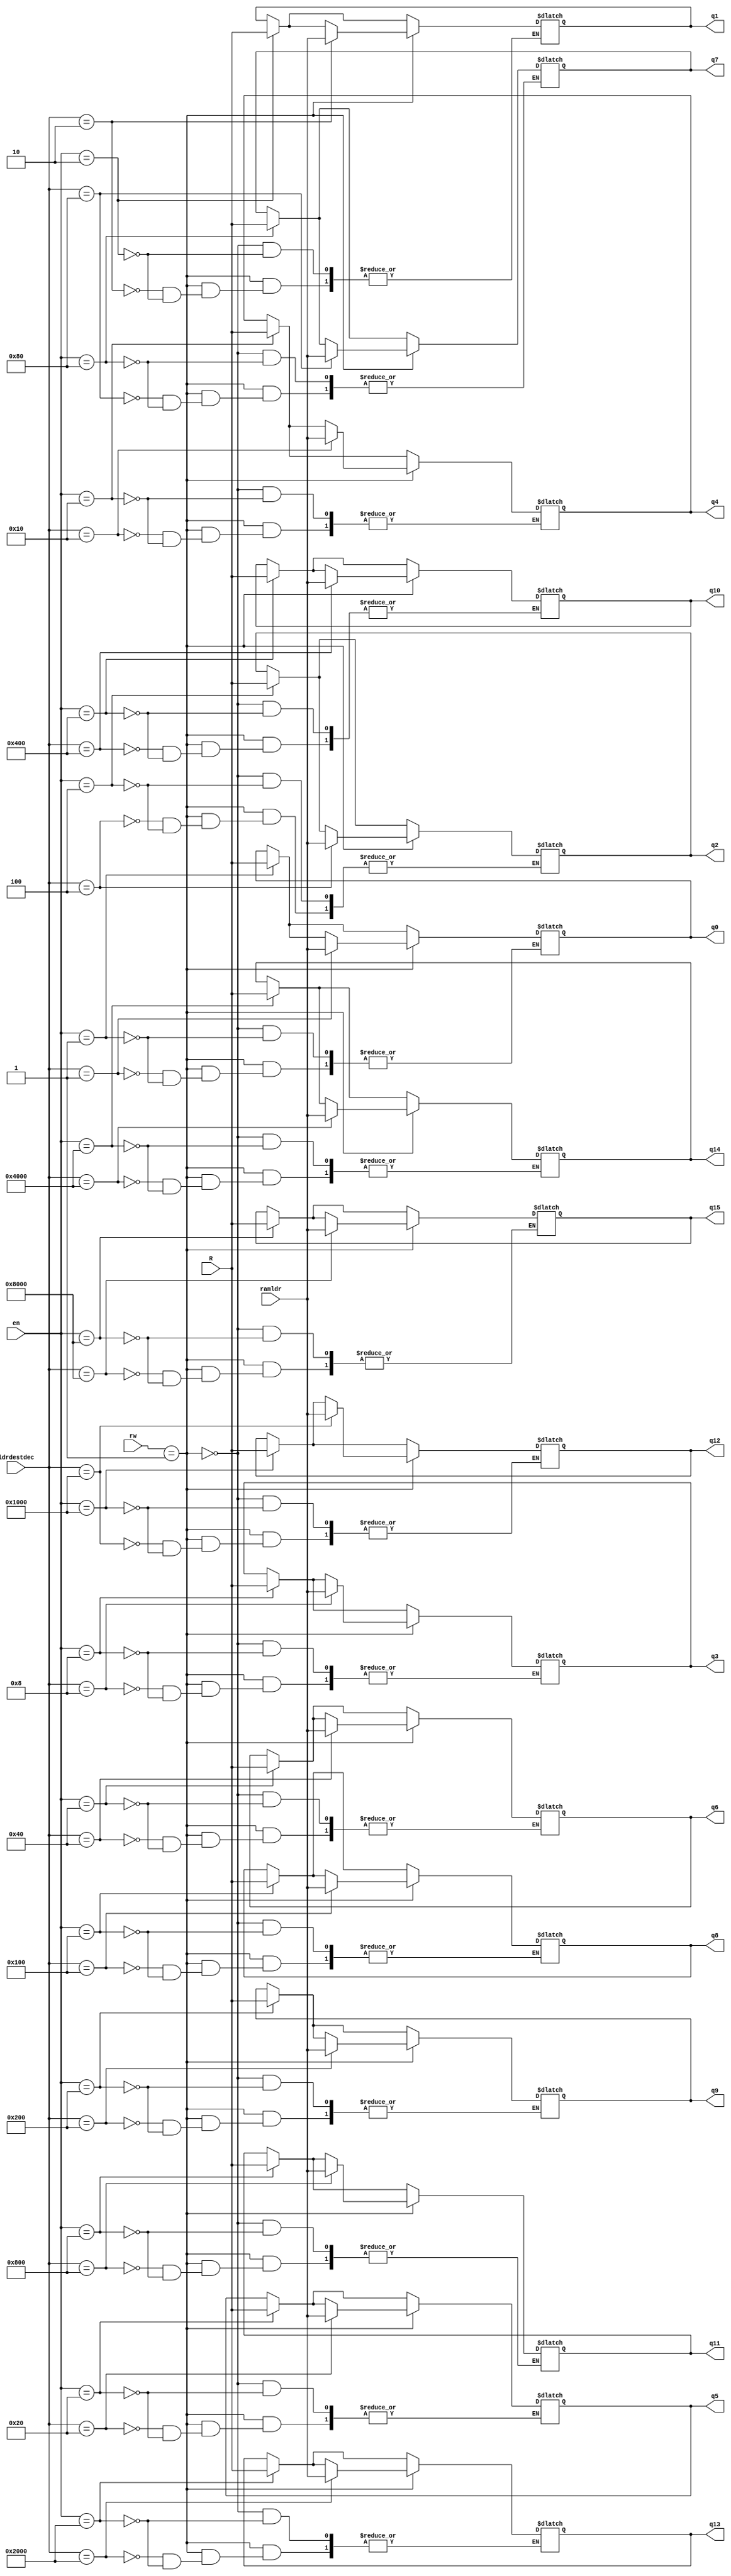
module registerbank (en, R, ramldr, ldrdestdec, rw, q0, q1, q2, q3, q4, q5, q6, q7, q8, q9, q10, q11, q12, q13, q14, q15);
input [31:0] R, ramldr; //R is result
input [15:0] en, ldrdestdec;
input [1:0] rw;
output reg [31:0] q0, q1, q2, q3, q4, q5, q6, q7, q8, q9, q10, q11, q12, q13, q14, q15;
always @*
begin
case (en)
16'b0000000000000001: q0 = R;
16'b0000000000000010: q1 = R;
16'b0000000000000100: q2 = R;
16'b0000000000001000: q3 = R;
16'b0000000000010000: q4 = R;
16'b0000000000100000: q5 = R;
16'b0000000001000000: q6 = R;
16'b0000000010000000: q7 = R;
16'b0000000100000000: q8 = R;
16'b0000001000000000: q9 = R;
16'b0000010000000000: q10 = R;
16'b0000100000000000: q11 = R;
16'b0001000000000000: q12 = R;
16'b0010000000000000: q13 = R;
16'b0100000000000000: q14 = R;
16'b1000000000000000: q15 = R;
endcase

if(rw == 2'b01)
begin
case(ldrdestdec)
16'b0000000000000001: q0 = ramldr;
16'b0000000000000010: q1 = ramldr;
16'b0000000000000100: q2 = ramldr;
16'b0000000000001000: q3 = ramldr;
16'b0000000000010000: q4 = ramldr;
16'b0000000000100000: q5 = ramldr;
16'b0000000001000000: q6 = ramldr;
16'b0000000010000000: q7 = ramldr;
16'b0000000100000000: q8 = ramldr;
16'b0000001000000000: q9 = ramldr;
16'b0000010000000000: q10 = ramldr;
16'b0000100000000000: q11 = ramldr;
16'b0001000000000000: q12 = ramldr;
16'b0010000000000000: q13 = ramldr;
16'b0100000000000000: q14 = ramldr;
16'b1000000000000000: q15 = ramldr;
endcase
end

end
endmodule